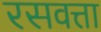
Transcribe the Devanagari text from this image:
रसवत्ता